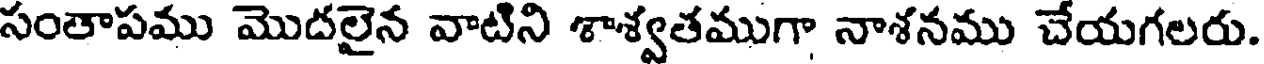
సంతాపము మొదలైన వాటిని శాశ్వతముగా నాశనము చేయగలరు.